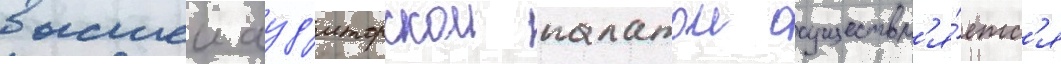
высшеи ауд'иторскои палатои осуществл'я́етс'я